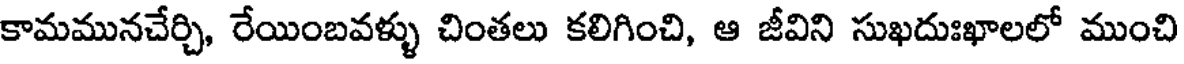
కామమునచేర్చి, రేయింబవళ్ళు చింతలు కలిగించి, ఆ జీవిని సుఖదుఃఖాలలో ముంచి